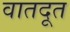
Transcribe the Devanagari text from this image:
वातदूत